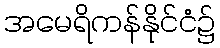
အမေရိကန်နိုင်ငံ၌